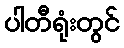
ပါတီရုံးတွင်